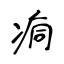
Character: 痌